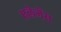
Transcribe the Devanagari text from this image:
एलेगेंस